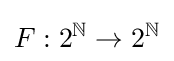
F:2^{\mathbb {N} }\rightarrow 2^{\mathbb {N} }